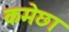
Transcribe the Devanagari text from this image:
कमेछा